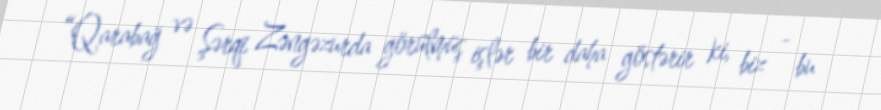
“Qarabağ və Şərqi Zəngəzurda görülmüş işlər bir daha göstərir ki, biz - bu